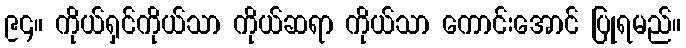
၉၄။ ကိုယ်ရှင်ကိုယ်သာ ကိုယ်ဆရာ ကိုယ်သာ ကောင်းအောင် ပြုရမည်။